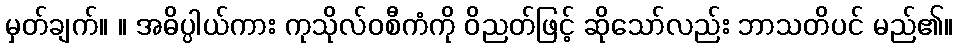
မှတ်ချက်။ ။ အဓိပ္ပါယ်ကား ကုသိုလ်ဝစီကံကို ဝိညတ်ဖြင့် ဆိုသော်လည်း ဘာသတိပင် မည်၏။